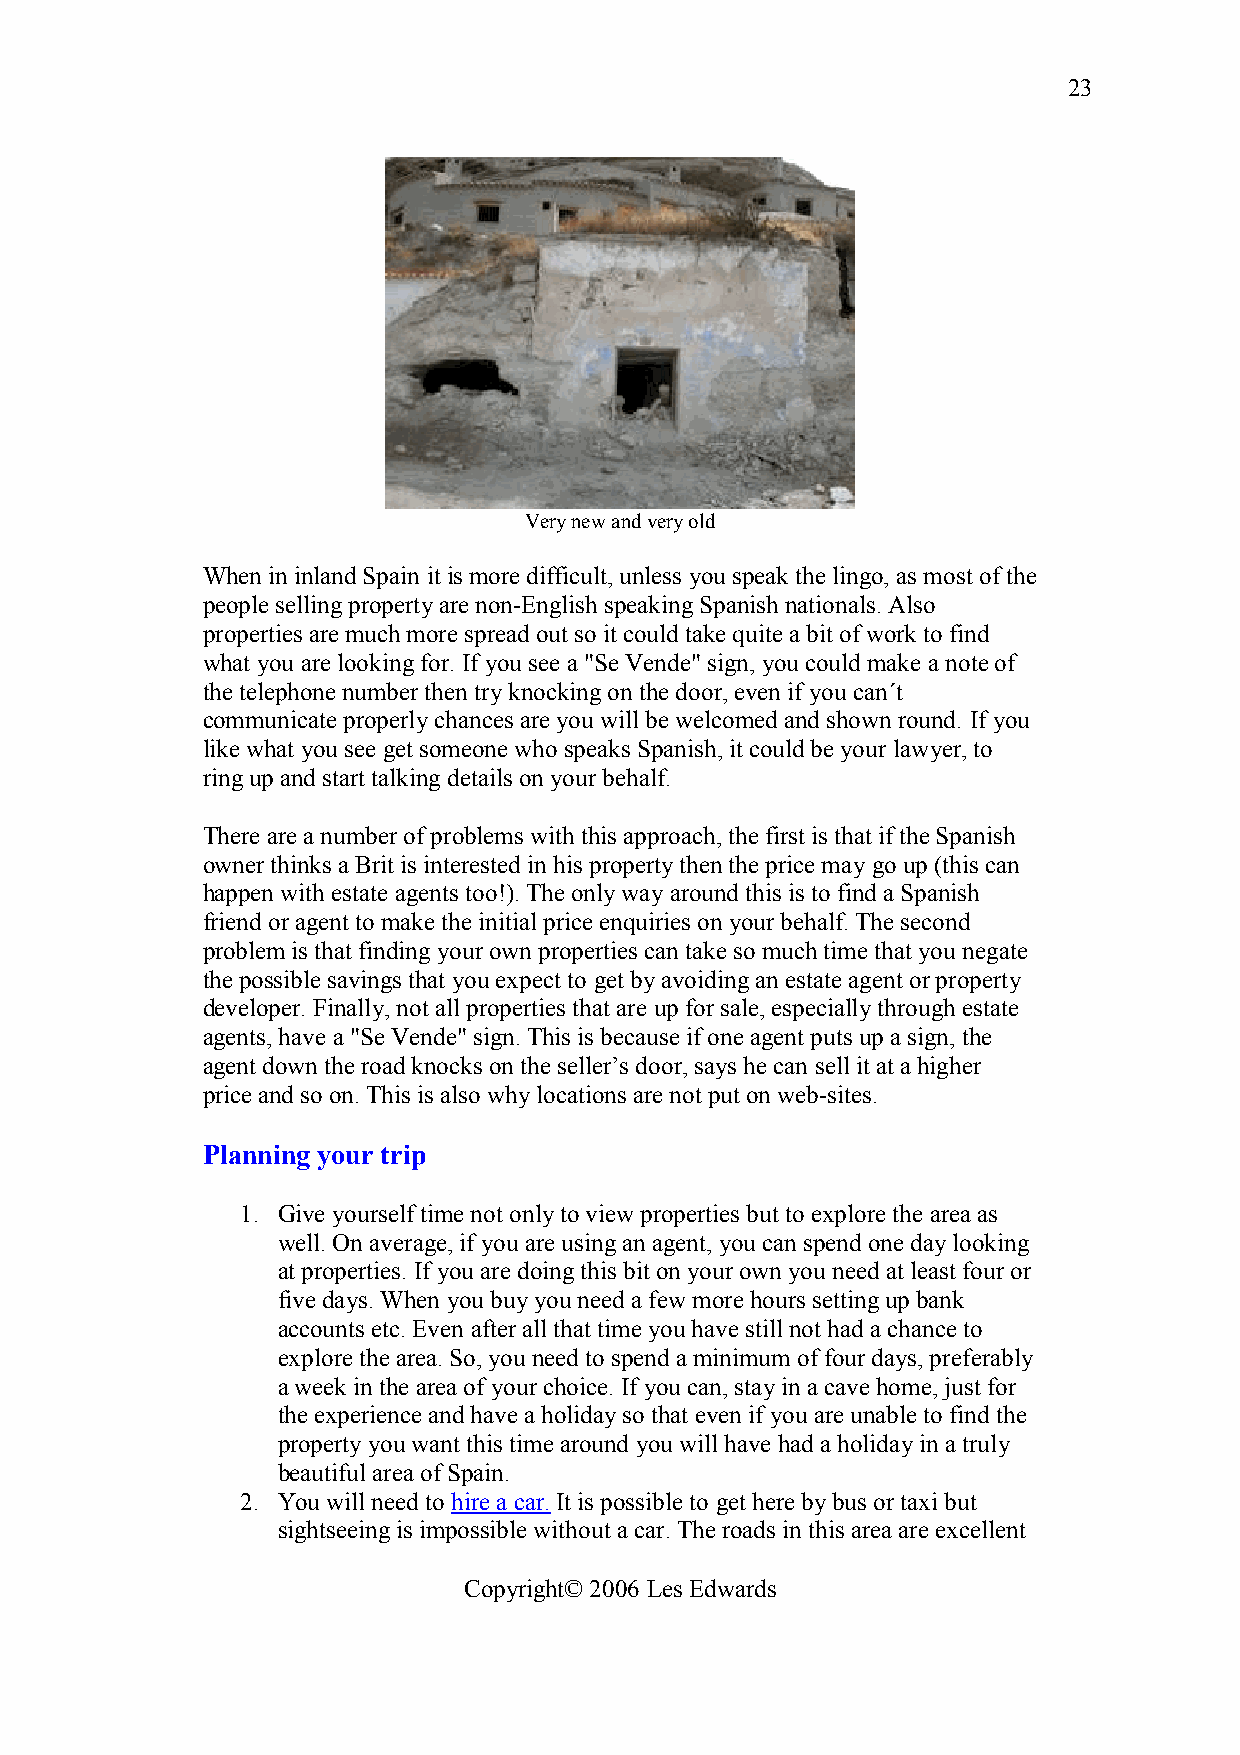
23
 Very new and very old
 When in inland Spain it is more difficult, unless you speak the lingo, as most of the
 people selling property are non-English speaking Spanish nationals. Also
 properties are much more spread out so it could take quite a bit of work to find
 what you are looking for. If you see a "Se Vende" sign, you could make a note of
 the telephone number then try knocking on the door, even if you can´t
 communicate properly chances are you will be welcomed and shown round. If you
 like what you see get someone who speaks Spanish, it could be your lawyer, to
 ring up and start talking details on your behalf.
 There are a number of problems with this approach, the first is that if the Spanish
 owner thinks a Brit is interested in his property then the price may go up (this can
 happen with estate agents too!). The only way around this is to find a Spanish
 friend or agent to make the initial price enquiries on your behalf. The second
 problem is that finding your own properties can take so much time that you negate
 the possible savings that you expect to get by avoiding an estate agent or property
 developer. Finally, not all properties that are up for sale, especially through estate
 agents, have a "Se Vende" sign. This is because if one agent puts up a sign, the
 agent down the road knocks on the seller’s door, says he can sell it at a higher
 price and so on. This is also why locations are not put on web-sites.
 Planning your trip
 1. Give yourself time not only to view properties but to explore the area as
 well. On average, if you are using an agent, you can spend one day looking
 at properties. If you are doing this bit on your own you need at least four or
 five days. When you buy you need a few more hours setting up bank
 accounts etc. Even after all that time you have still not had a chance to
 explore the area. So, you need to spend a minimum of four days, preferably
 a week in the area of your choice. If you can, stay in a cave home, just for
 the experience and have a holiday so that even if you are unable to find the
 property you want this time around you will have had a holiday in a truly
 beautiful area of Spain.
 2. You will need to hire a car. It is possible to get here by bus or taxi but
 sightseeing is impossible without a car. The roads in this area are excellent
 Copyright© 2006 Les Edwards